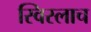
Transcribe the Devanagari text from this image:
स्विस्लाच